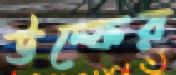
উল্ফের